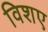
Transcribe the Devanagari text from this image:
विशए